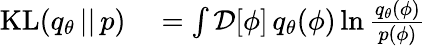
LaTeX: \begin{array}{rl}{\textrm{KL}(q_{\theta}\, ||\, p)}&{{}=\int\mathcal{D}[\phi]\, q_{\theta}(\phi)\ln\frac{q_{\theta}(\phi)}{p(\phi)}}\end{array}